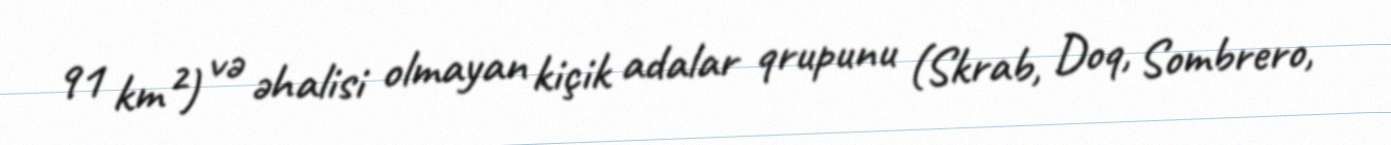
91 km²) və əhalisi olmayan kiçik adalar qrupunu (Skrab, Doq, Sombrero,